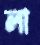
লা